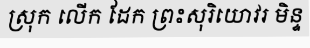
ស្រុក លើក ដែក ព្រះសុរិយោវរ មិន្ទ